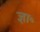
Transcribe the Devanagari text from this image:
ज्ञा॰